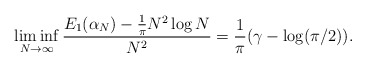
\begin{align*}\liminf_{N\rightarrow\infty}\frac{E_{1}(\alpha_{N})-\frac{1}{\pi}N^2 \log N}{N^2}=\frac{1}{\pi}(\gamma-\log(\pi/2)).\end{align*}